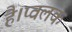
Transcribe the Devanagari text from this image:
है।प्वलक